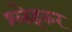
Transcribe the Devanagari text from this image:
श्लेइकर